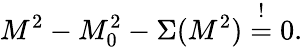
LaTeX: M^{2}-M_{0}^{2}-\Sigma(M^{2})\stackrel{!}{=}0.